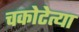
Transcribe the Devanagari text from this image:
चकोटेत्या